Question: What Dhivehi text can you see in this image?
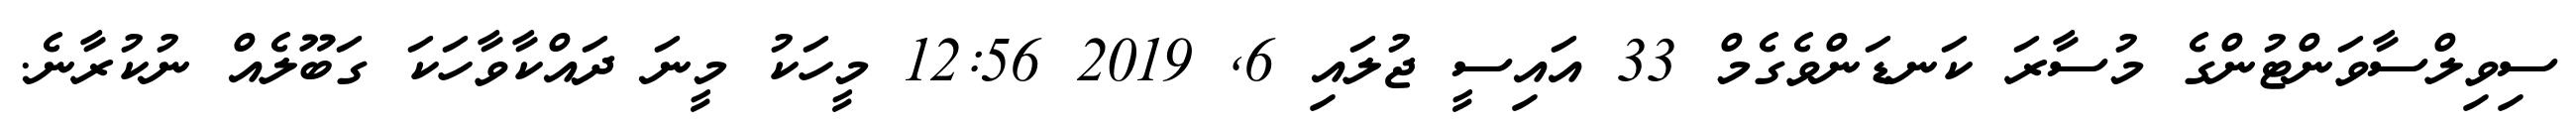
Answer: ސިވިލްސާވަންޓުންގެ މުސާރަ ކަނޑަންވެގެމް 33 އައިސީ ޖުލައި 6, 2019 12:56 މީހަކު މީނަ ދައްކާވާހަކަ ގަބޫލެއް ނުކުރާނެ.